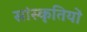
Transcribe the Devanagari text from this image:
सांस्कृतियों